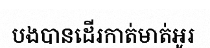
បងបានដើរកាត់មាត់អូរ